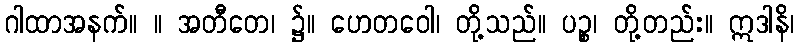
ဂါထာအနက်။ ။ အတီတေ၊ ၌။ ဟေတဝေါ၊ တို့သည်။ ပဉ္စ၊ တို့တည်း။ ဣဒါနိ၊